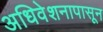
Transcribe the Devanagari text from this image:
अधिवेशनापासून